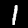
Label: 1